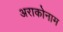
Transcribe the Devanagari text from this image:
अराकोनाम